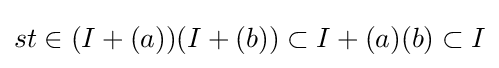
st\in (I+(a))(I+(b))\subset I+(a)(b)\subset I